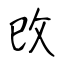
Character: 攺